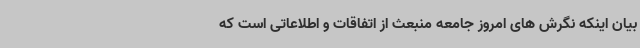
بیان اینکه نگرش های امروز جامعه منبعث از اتفاقات و اطلاعاتی است که